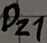
Text: DZ1